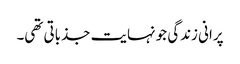
پرانی زندگی جو نہایت جذباتی تھی۔